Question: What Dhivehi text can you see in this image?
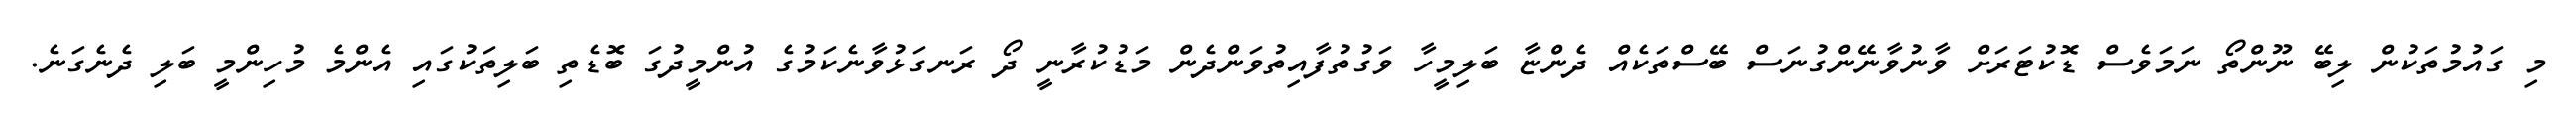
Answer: މި ގައުމުތަކުން ލިބޭ ނޫންތޯ ނަމަވެސް ޑޮކުޓަރަށް ވާނުވާނޭންގުނަސް ބޭސްތަކެއް ދެންޏާ ބަލިމީހާ ވަގުތުފާއިތުވަންދެން މަޑުކުރާނީ ދޯ ރަނގަޅުވާނެކަމުގެ އުންމީދުގަ ބޮޑެތި ބަލިތަކުގައި އެންމެ މުހިންމީ ބަލި ދެނެގަނެ.